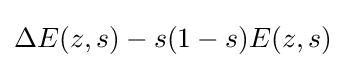
\Delta E(z,s)-s(1-s)E(z,s)